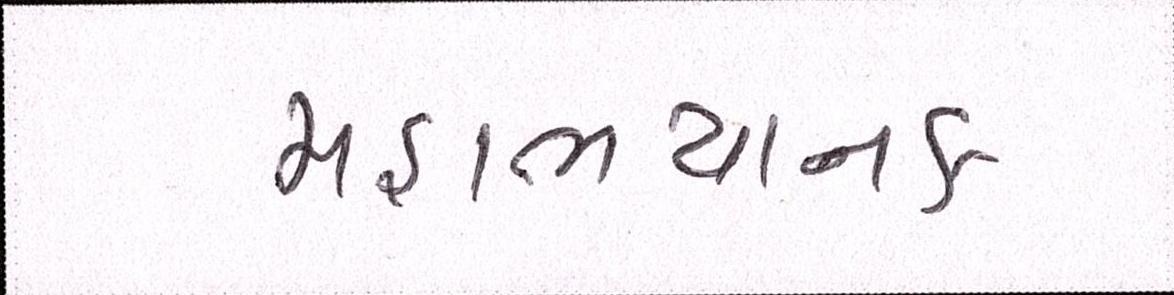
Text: મહાભયાનક